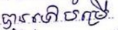
បានទៅបម្រើ